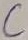
Text: C